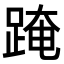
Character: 𨂁